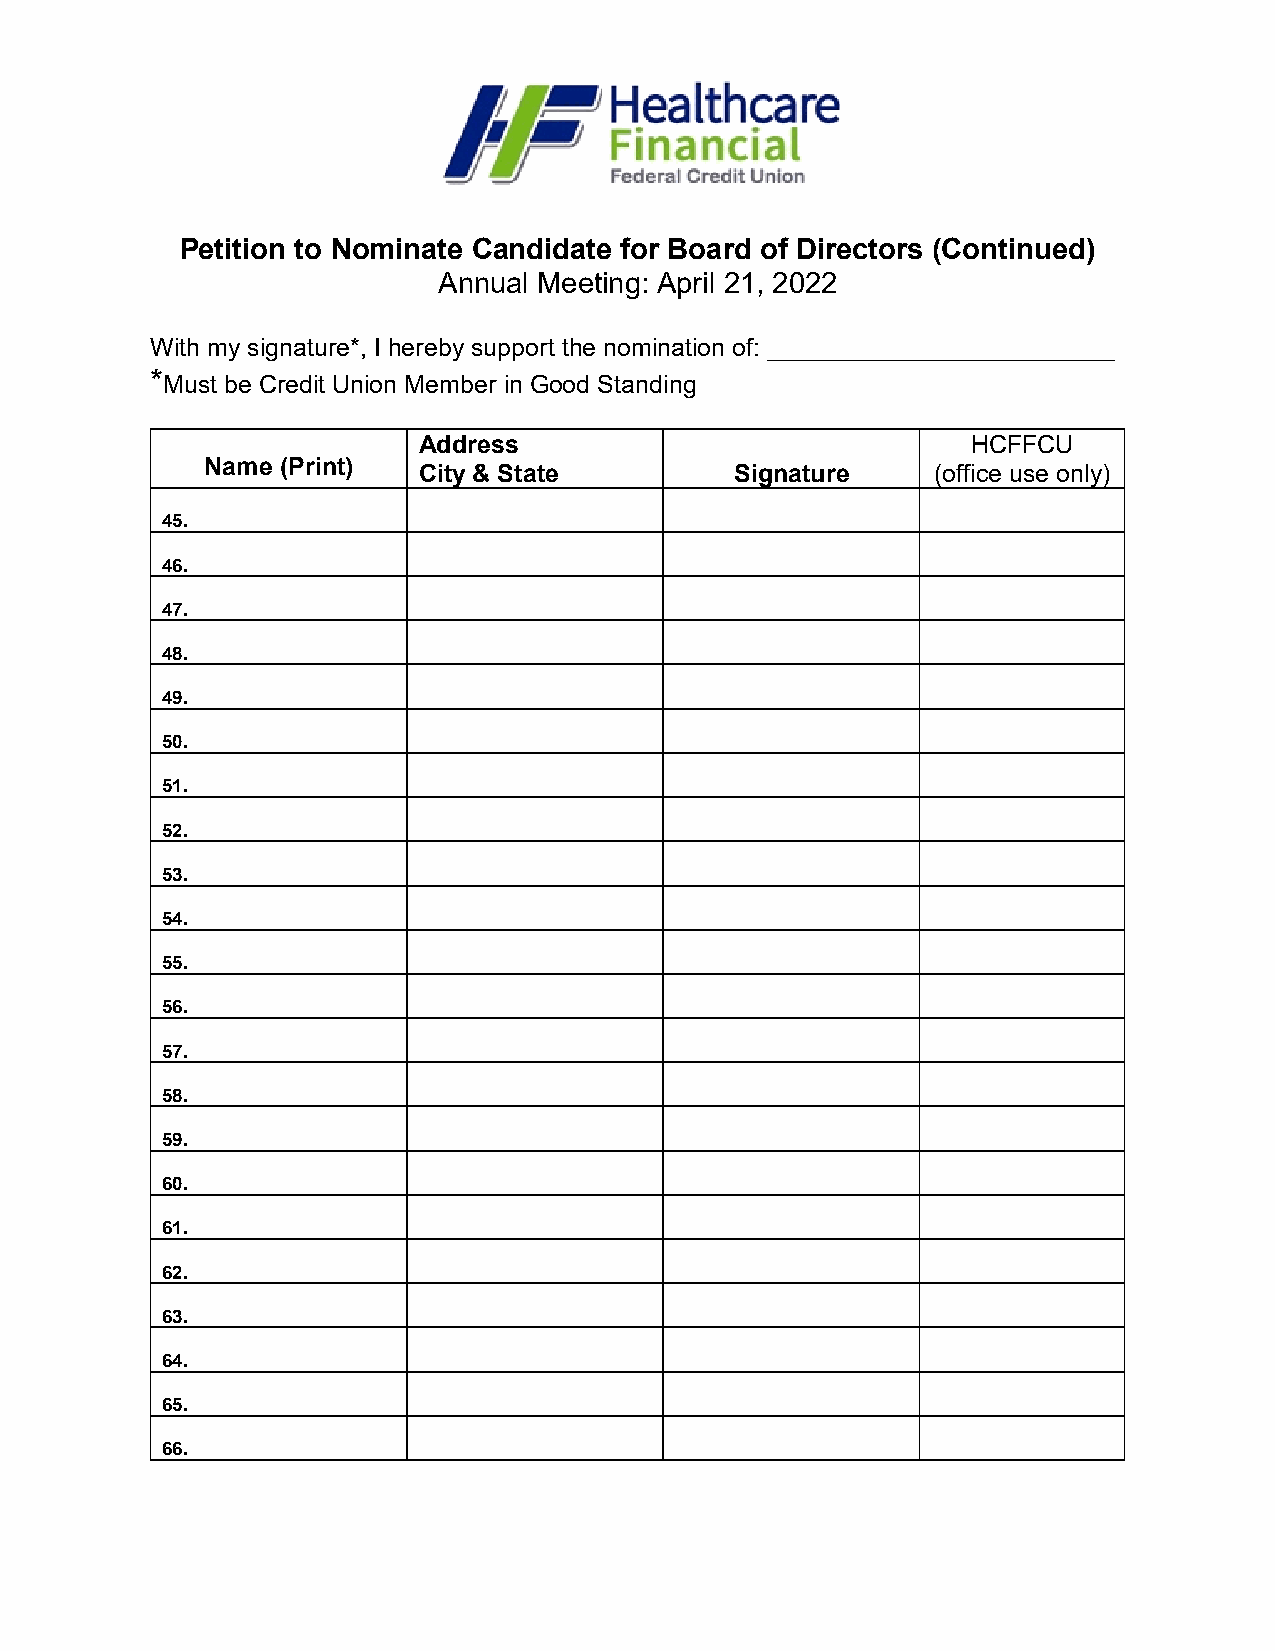
Petition to Nominate Candidate for Board of Directors (Continued)
 Annual Meeting: April 21, 2022
 With my signature*, I hereby support the nomination of: _________________________
 *Must be Credit Union Member in Good Standing
 Address                             HCFFCU
 Name (Print)  City & State         Signature    (office use only)
 45.
 46.
 47.
 48.
 49.
 50.
 51.
 52.
 53.
 54.
 55.
 56.
 57.
 58.
 59.
 60.
 61.
 62.
 63.
 64.
 65.
 66.